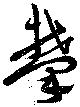
攀